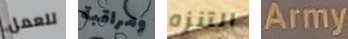
للعمل ومراقبة التنزه Army